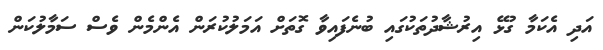
އަދި އެކަމާ ގުޅޭ އިރުޝާދުތަކުގައި ބުނެފައިވާ ގޮތަށް އަމަލުކުރަން އެންމެން ވެސް ސަމާލުކަން